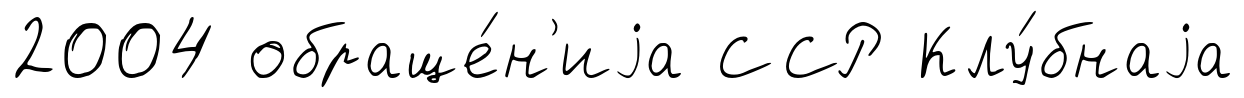
2004 обраще́н'иjа ССР Клу́бнаjа